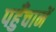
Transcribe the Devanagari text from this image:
पहुँचानें